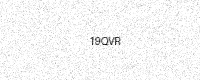
Text: 19QVR